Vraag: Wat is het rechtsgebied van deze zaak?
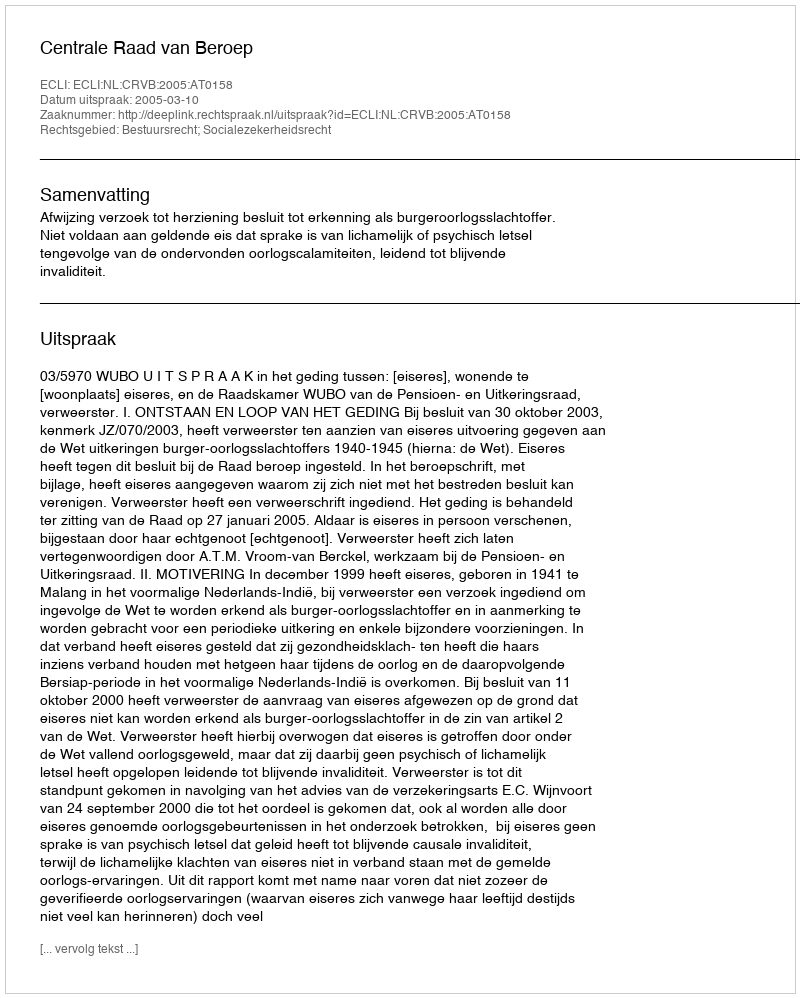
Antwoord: Bestuursrecht; Socialezekerheidsrecht